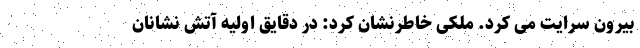
بیرون سرایت می کرد. ملکی خاطرنشان کرد: در دقایق اولیه آتش نشانان